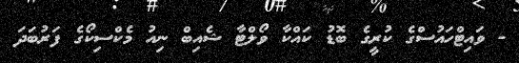
- ވައިޓްހައުސްގެ ކުރީގެ ބޮޑު ކައްކާ ވޯލްޓާ ޝެއިބް ނިއު މެކްސިކޯގެ ފަރުބަދަ